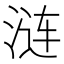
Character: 涟